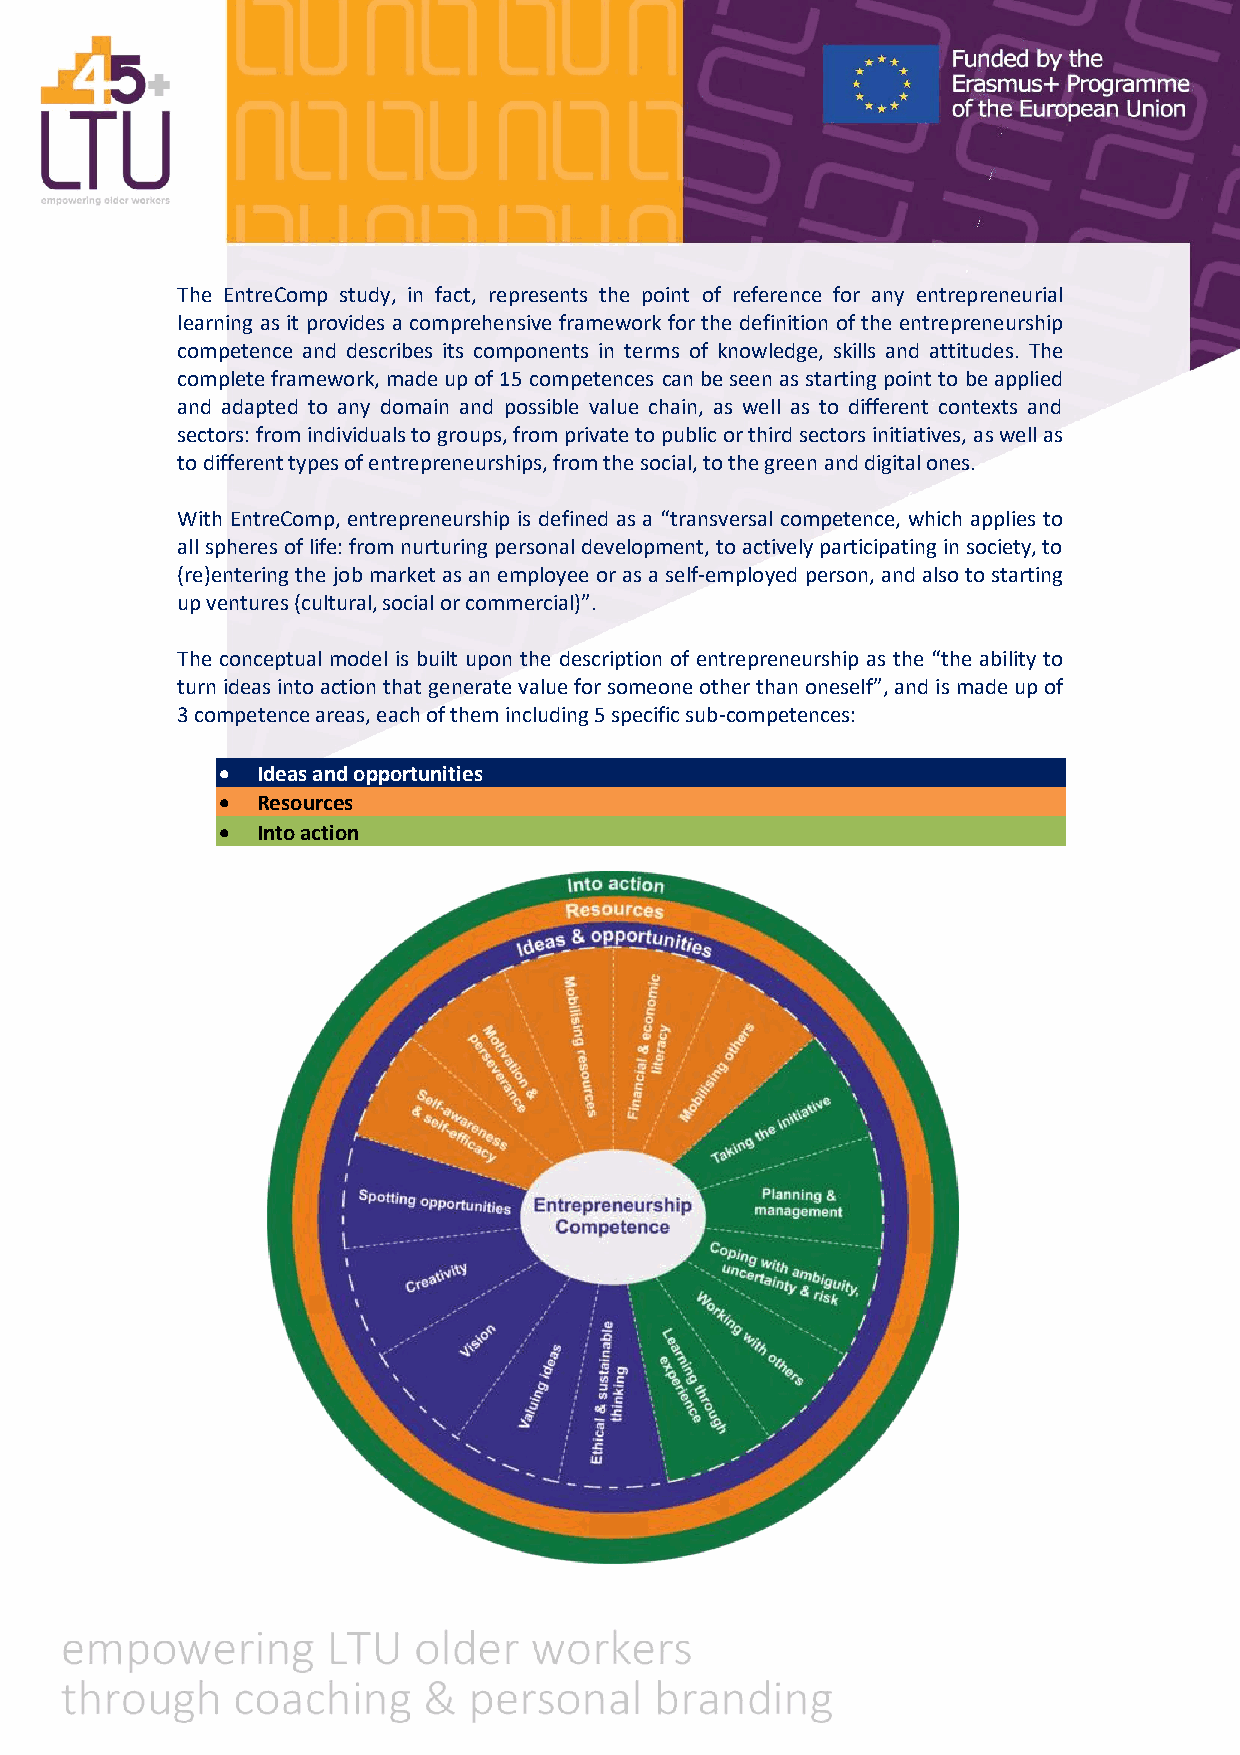
The EntreComp study, in fact, represents the point of reference for any entrepreneurial
 learning as it provides a comprehensive framework for the definition of the entrepreneurship
 competence and describes its components in terms of knowledge, skills and attitudes. The
 complete framework, made up of 15 competences can be seen as starting point to be applied
 and adapted to any domain and possible value chain, as well as to different contexts and
 sectors: from individuals to groups, from private to public or third sectors initiatives, as well as
 to different types of entrepreneurships, from the social, to the green and digital ones.
 With EntreComp, entrepreneurship is defined as a “transversal competence, which applies to
 all spheres of life: from nurturing personal development, to actively participating in society, to
 (re)entering the job market as an employee or as a self-employed person, and also to starting
 up ventures (cultural, social or commercial)”.
 The conceptual model is built upon the description of entrepreneurship as the “the ability to
 turn ideas into action that generate value for someone other than oneself”, and is made up of
 3 competence areas, each of them including 5 specific sub-competences:
 • Ideas and opportunities
 • Resources
 • Into action